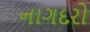
નાગદરો